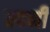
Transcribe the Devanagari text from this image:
वदनी